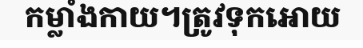
កម្លាំងកាយ។ត្រូវទុកអោយ